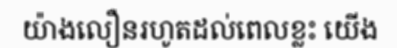
យ៉ាងលឿនរហូតដល់ពេលខ្លះ យើង